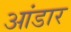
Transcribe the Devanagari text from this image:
आंडार